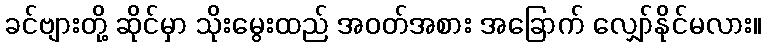
ခင်ဗျားတို့ ဆိုင်မှာ သိုးမွေးထည် အဝတ်အစား အခြောက် လျှော်နိုင်မလား။